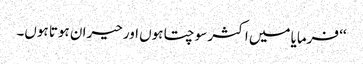
‘‘ فرمایا میں اکثر سوچتا ہوں اور حیران ہوتا ہوں۔